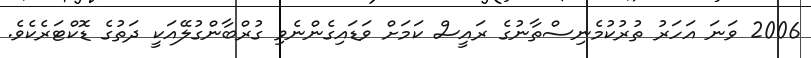
2006 ވަނަ އަހަރު ތުރުކުމެނިސްތާނުގެ ރައީސް ކަމަށް ވަޑައިގެންނެވި ގުރްބާންގުލޭއަކީ ދަތުގެ ޑޮކްޓަރެކެވެ.